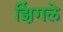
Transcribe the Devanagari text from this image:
झिंगले